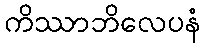
ကိဿာဘိလေပနံ